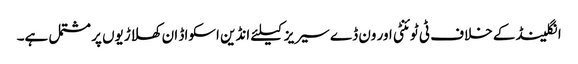
انگلینڈ کے خلاف ٹی ٹوئنٹی اور ون ڈے سیریز کیلئے انڈین اسکواڈ ان کھلاڑیوں پر مشتمل ہے۔